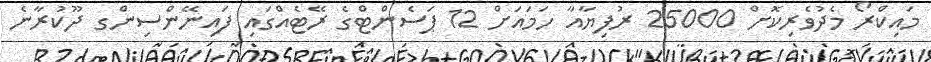
މައިކްރޯ މެދުވެރިކޮށް 25000 ރުފިޔާއާ ހަމައަށް 12 ޕަސެންޓްގެ ރޭޓެއްގައި ފައިނޭންސިންގ ދޫކުރާނެ